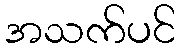
အသက်ပင်